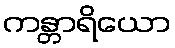
ကန္တာရိယော